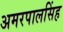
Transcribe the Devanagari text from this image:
अमरपालसिंह